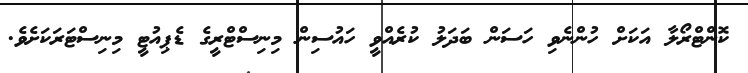
ކޮންޓްރޯލާ އަކަށް ހުންނެވި ހަސަން ބަދަލު ކުރެއްވީ ހައުސިން މިނިސްޓްރީގެ ޑެޕިއުޓީ މިނިސްޓަރަކަށެވެ.